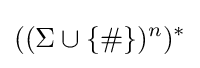
((\Sigma \cup \{\#\})^{n})^{*}